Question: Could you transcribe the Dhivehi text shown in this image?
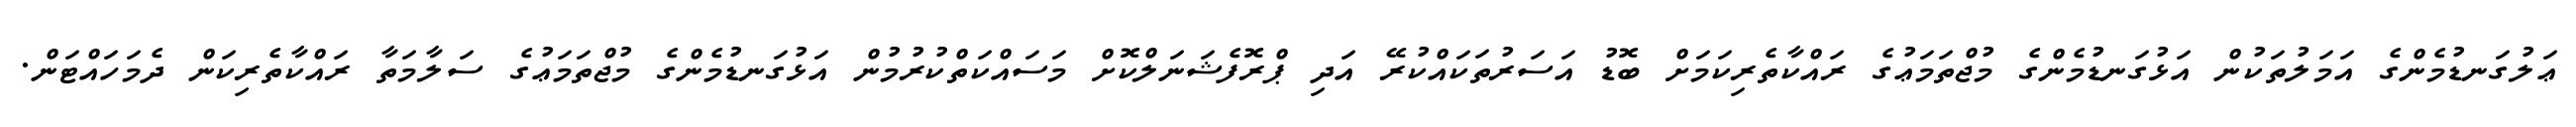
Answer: ޢަލުގަނޑުމެންގެ އަމަލުތަކުން އަޅުގަނޑުމެންގެ މުޖްތަމަޢުގެ ރައްކާތެރިކަމަށް ބޮޑު އަސަރުތަކައްކުރޭ އަދި ޕްރޮފެޝަނަލްކޮށް މަސައްކަތްކުރުމުން އަޅުގަނޑުމެންގެ މުޖްތަމަޢުގެ ސަލާމަތާ ރައްކާތެރިކަން ދެމަހައްޓަން.